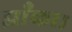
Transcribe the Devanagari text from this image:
झाँका।